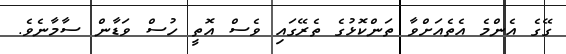
ގޭގެ އެންމެ އެތެއަށްވާ ތަންކޮޅުގެ ތެރޭގައި ވެސް އޮތީ ހުސް ވަޑާން ސާމާނެވެ.